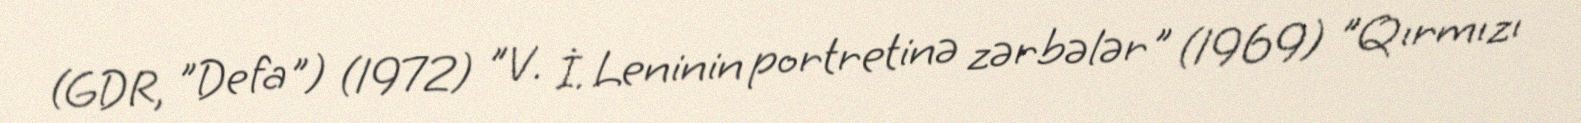
(GDR, "Defa") (1972) "V. İ. Leninin portretinə zərbələr" (1969) "Qırmızı